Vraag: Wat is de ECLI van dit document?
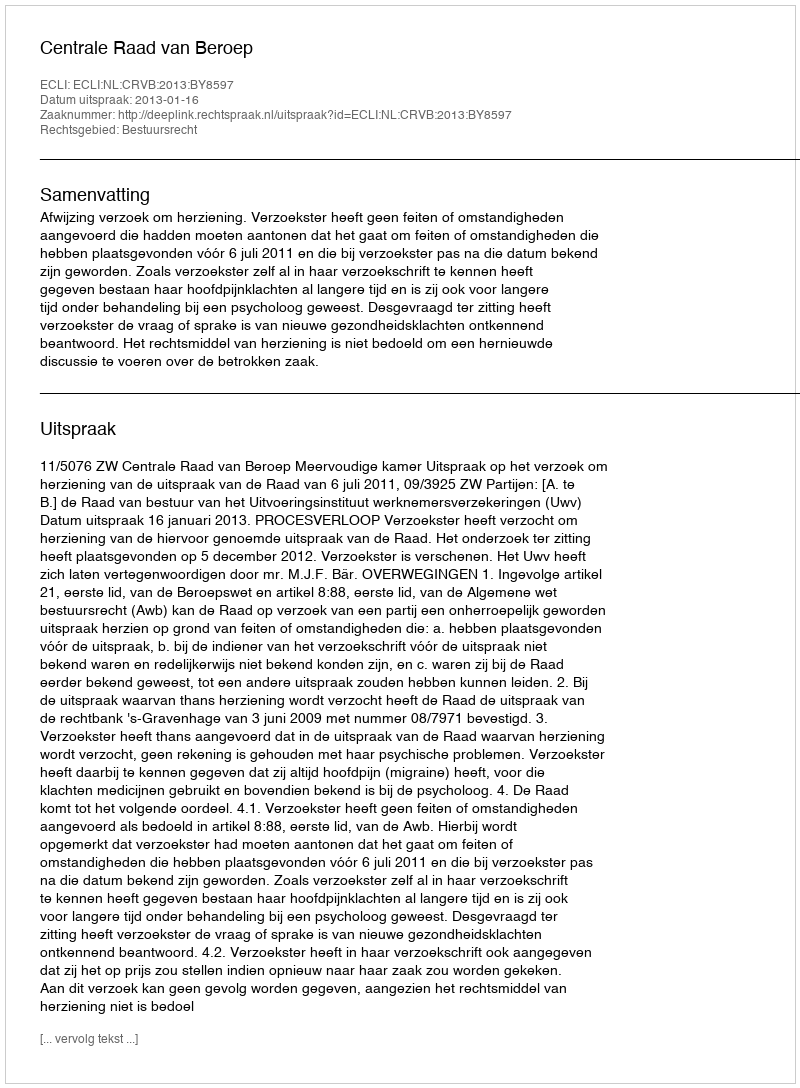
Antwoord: ECLI:NL:CRVB:2013:BY8597